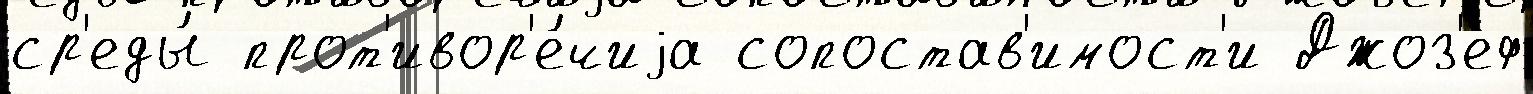
ср'еды́ прот'ивор'е́чиjа сопостав'имост'и Джоз'еф